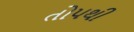
તોપથી